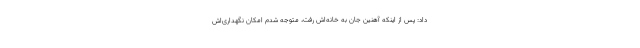
داد: پس از اینکه آهنین جان به خانه‌اش رفت، متوجه شدم امکان نگهداری‌اش